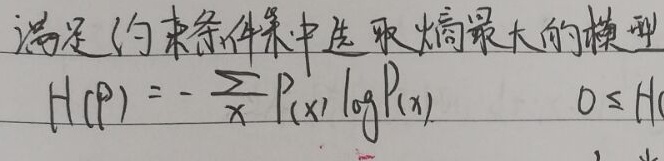
满足约束条件来选取熵最大的模型
\[ H(P)=-\sum_{x}P(x)\log P(x)\quad 0\leq H \]